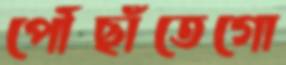
পৌঁছাঁতেগো